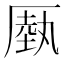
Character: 𠪑